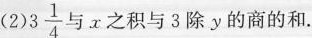
(2)3 $$3 \ frac { 1 } {4}$$ 与 x 之积与 3 除 y 的商的和.